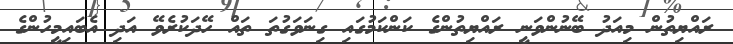
ރައްޔިތުން މިއަދު ބޭނުންވަނީ ރައްޔިތުންގެ ކަންކަމުގައި ގިނަވަގުތަ ތައް ހޭދަކުރެވޭ އަދި އެބައިމީހުންގެ